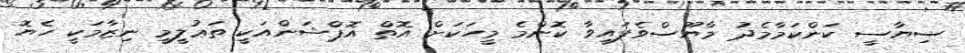
ސިޔާސީ ކަންކަމާމެދު މާޔޫސްވެފައިވާ ކޮންމެ މީހަކަށް އޮތް އޮޕްޝަންއަކީ ތަޢުލީމީ ނިޒާމަކީ ހެޔޮ